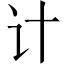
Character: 计